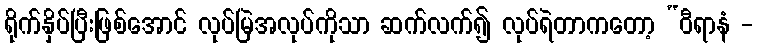
ရိုက်နှိပ်ပြီးဖြစ်အောင် လုပ်မြဲအလုပ်ကိုသာ ဆက်လက်၍ လုပ်ရဲတာကတော့ “ဝီရာနံ -